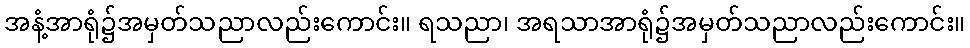
အနံ့အာရုံ၌အမှတ်သညာလည်းကောင်း။ ရသညာ၊ အရသာအာရုံ၌အမှတ်သညာလည်းကောင်း။